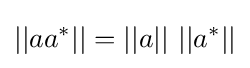
||aa^{*}||=||a||\ ||a^{*}||